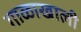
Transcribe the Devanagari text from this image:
गाळाखाली